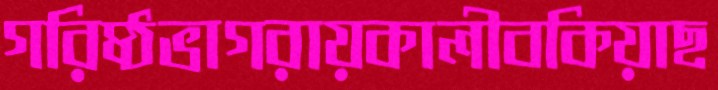
গরিষ্ঠভাগরায়কালীবকিয়াছ